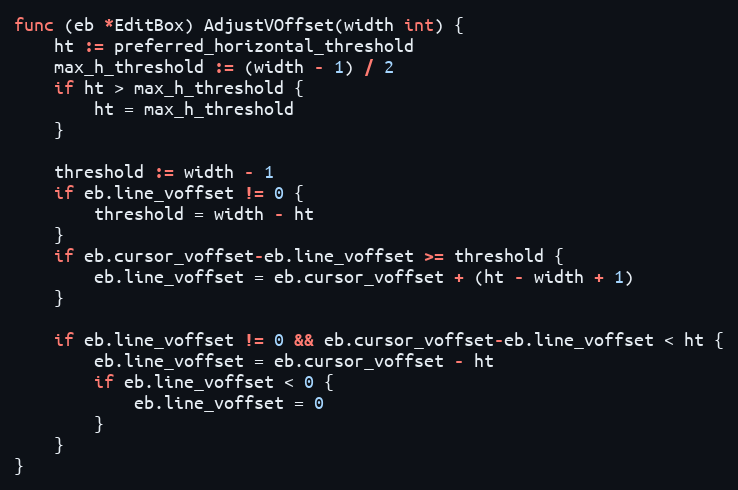
Language: Go
func (eb *EditBox) AdjustVOffset(width int) {
	ht := preferred_horizontal_threshold
	max_h_threshold := (width - 1) / 2
	if ht > max_h_threshold {
		ht = max_h_threshold
	}

	threshold := width - 1
	if eb.line_voffset != 0 {
		threshold = width - ht
	}
	if eb.cursor_voffset-eb.line_voffset >= threshold {
		eb.line_voffset = eb.cursor_voffset + (ht - width + 1)
	}

	if eb.line_voffset != 0 && eb.cursor_voffset-eb.line_voffset < ht {
		eb.line_voffset = eb.cursor_voffset - ht
		if eb.line_voffset < 0 {
			eb.line_voffset = 0
		}
	}
}